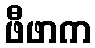
ဖီဖာက